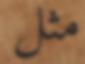
مثل